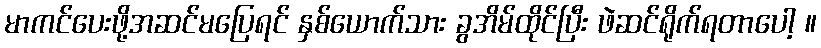
မာကင်ပေးဖို့အဆင်မပြေရင် နှစ်ယောက်သား ခွအိမ်ထိုင်ပြီး ဖဲဆင်ရိုက်ရတာပေါ့ ။